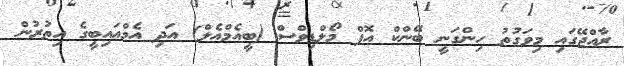
ރާއްޖޭގައި މިވަގުތު ހިންގަނީ ބޭންކް އޮފް މޯލްޑިވްސް (ބީއެމްއެލް) އަދި އެމްއައިބީގެ އިތުރުން